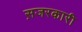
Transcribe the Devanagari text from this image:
स़जरकारी